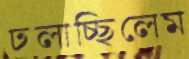
ঢলাচ্ছিলেম